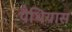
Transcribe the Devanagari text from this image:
पैथियास